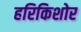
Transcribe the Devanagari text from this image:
हरिकिशोर